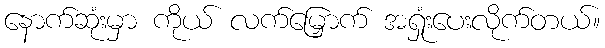
နောက်ဆုံးမှာ ကိုယ် လက်မြှောက် အရှုံးပေးလိုက်တယ်။